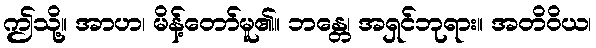
ဤသို့။ အာဟ၊ မိန့်တော်မူ၏။ ဘန္တေ၊ အရှင်ဘုရား။ အတိဝိယ၊